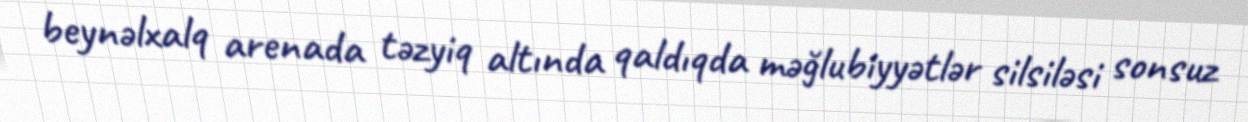
beynəlxalq arenada təzyiq altında qaldıqda məğlubiyyətlər silsiləsi sonsuz